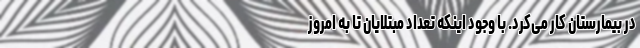
در بیمارستان کار می‌کرد. با وجود اینکه تعداد مبتلایان تا به امروز